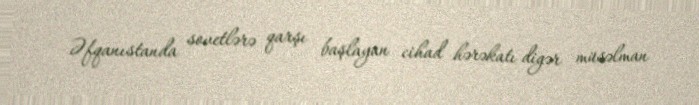
Əfqanıstanda sovetlərə qarşı başlayan cihad hərəkatı digər müsəlman